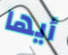
أيها